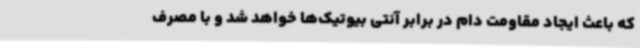
که باعث ایجاد مقاومت دام در برابر آنتی بیوتیک‌ها خواهد شد و با مصرف